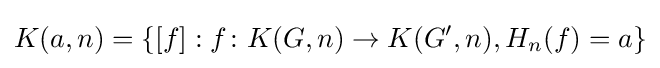
K(a,n)=\{[f]:f\colon K(G,n)\to K(G',n),H_{n}(f)=a\}